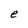
Character: e